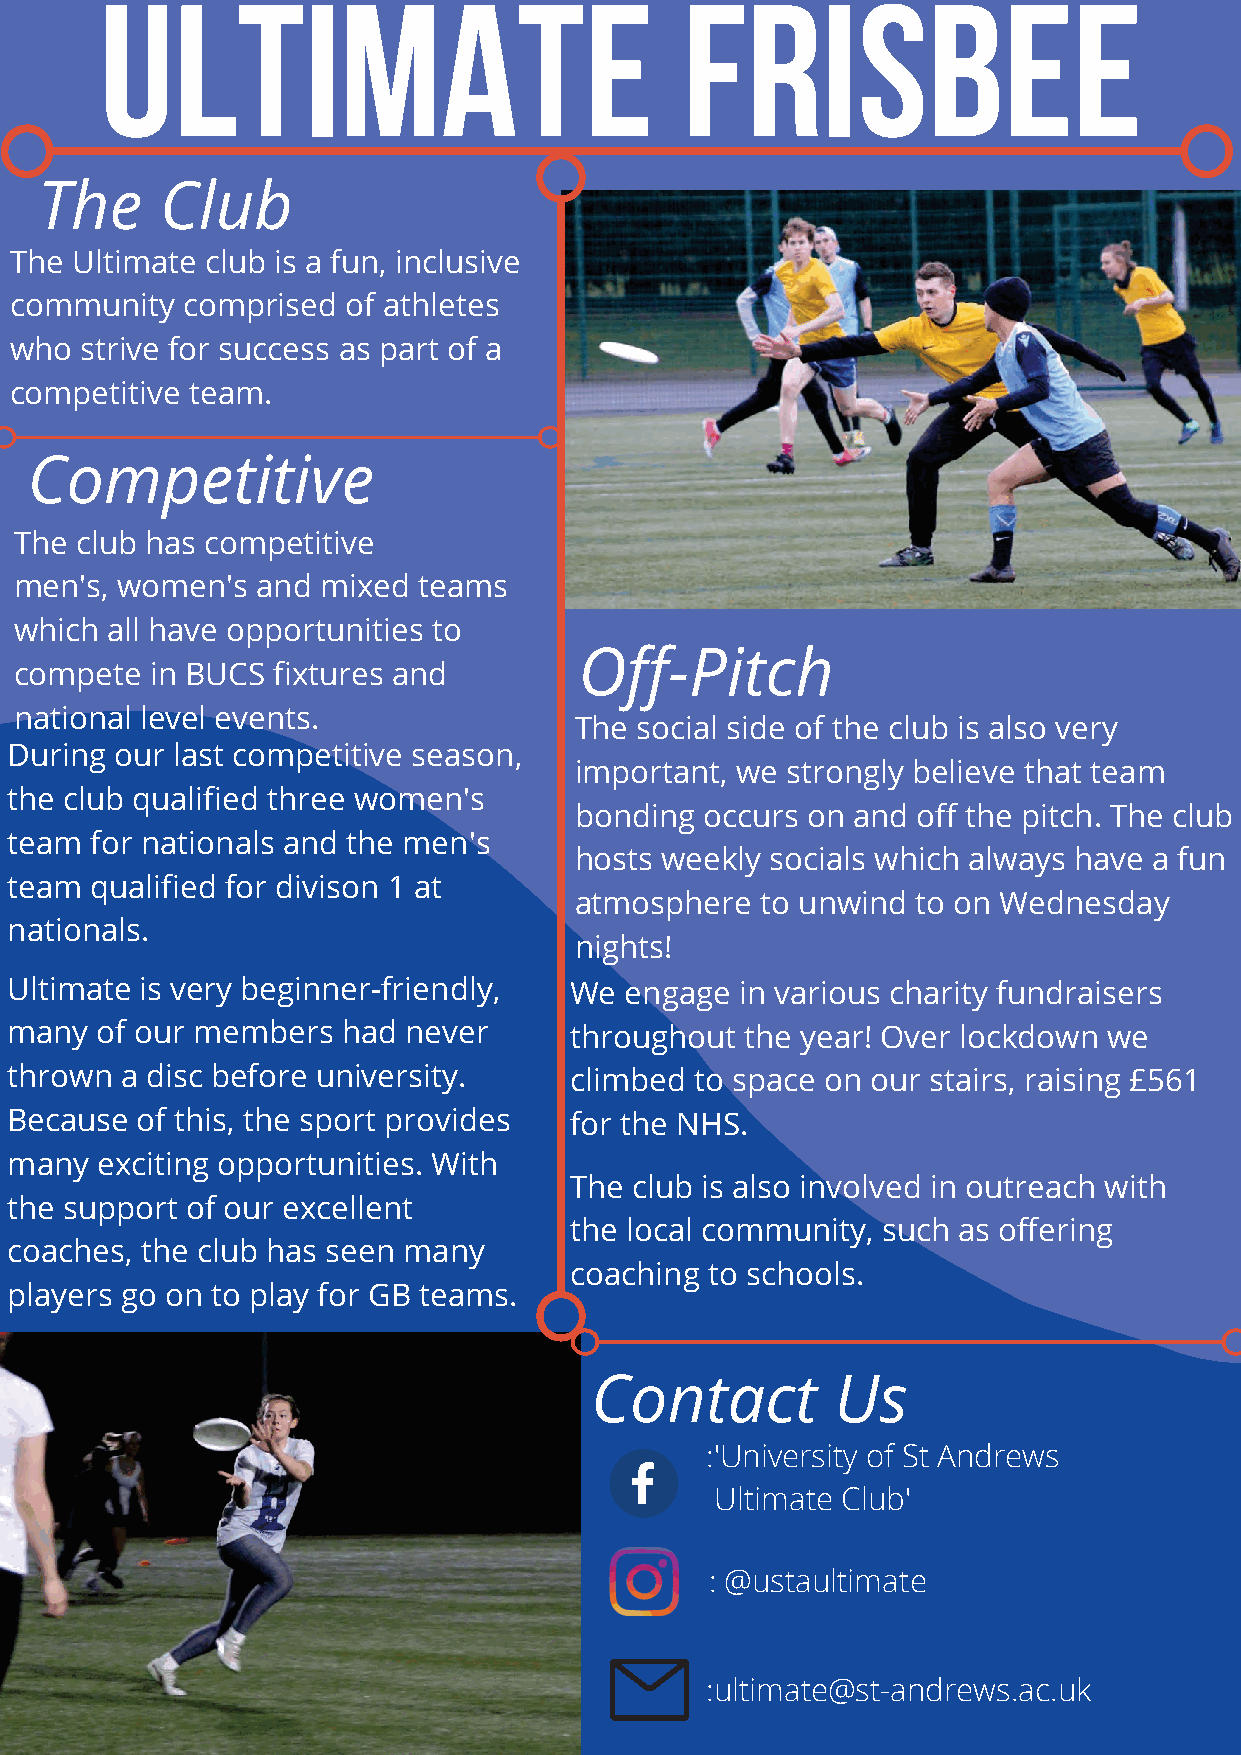
Ultimate                              frisbee
 The      Club
 The Ultimate club is a fun, inclusive
 community  comprised  of athletes
 who strive for success as part of a
 competitive team.
 Competitive
 The club has competitive
 men's, women's  and mixed  teams
 which all have opportunities to
 Off-Pitch
 compete  in BUCS fixtures and
 national level events.
 The social side of the club is also very
 During  our last competitive season,
 important, we strongly believe that team
 the club qualified three women's
 bonding  occurs on and off the pitch. The club
 team  for nationals and the men's
 hosts weekly socials which always have a fun
 team  qualified for divison 1 at
 atmosphere  to unwind  to on Wednesday
 nationals.
 nights!
 Ultimate is very beginner-friendly,   We engage  in various charity fundraisers
 many  of our members   had never      throughout the year! Over lockdown we
 thrown  a disc before university.     climbed to space on our stairs, raising £561
 Because  of this, the sport provides  for the NHS.
 many  exciting opportunities. With
 The club is also involved in outreach with
 the support of our excellent
 the local community, such as offering
 coaches, the club has seen many
 coaching to schools.
 players go on to play for GB teams.
 Contact         Us
 :'University of St Andrews
 Ultimate Club'
 : @ustaultimate
 :ultimate@st-andrews.ac.uk